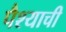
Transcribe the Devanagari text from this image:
पैश्याची